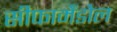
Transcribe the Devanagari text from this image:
सीफामैंडोल